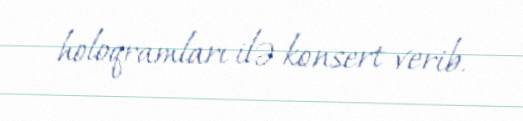
holoqramları ilə konsert verib.